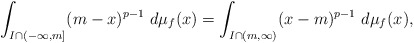
\begin{align*}\int_{I\cap (-\infty,m]} (m-x)^{p-1} \ d\mu_f(x)=\int_{I\cap (m,\infty)} (x-m)^{p-1} \ d\mu_f(x),\end{align*}